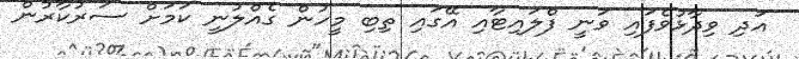
އަދި ވިދާޅުވެފައި ވަނީ ފްލައިޓާއި އޭގައި ތިބި މީހުން ގެއްލުނީ ކަމަށް ސަރުކާރުން